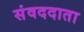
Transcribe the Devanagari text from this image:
संवददाता